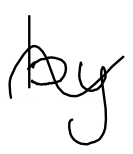
Text: by
Cross-out: wave
Writing tool: digital_black